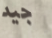
جيد